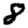
Digit: 8